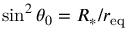
\sin ^ { 2 } \theta _ { 0 } = R _ { * } / r _ { \mathrm { e q } }